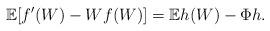
LaTeX: \begin{align*} \mathbb{E}[f'(W)-Wf(W)]=\mathbb{E}h(W)-\Phi h.\end{align*}